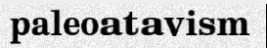
paleoatavism